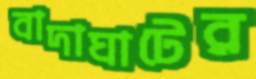
বাদাঘাটের